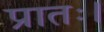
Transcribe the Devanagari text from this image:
प्रातः।